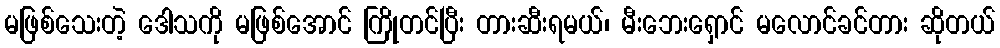
မဖြစ်သေးတဲ့ ဒေါသကို မဖြစ်အောင် ကြိုတင်ပြီး တားဆီးရမယ်၊ မီးဘေးရှောင် မလောင်ခင်တား ဆိုတယ်